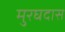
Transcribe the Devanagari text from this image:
मुरघदास